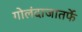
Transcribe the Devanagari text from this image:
गोलंदाजातर्फे